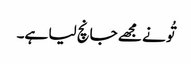
تُو نے مجھے جانچ لیا ہے۔